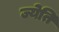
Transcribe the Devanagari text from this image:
ज्येति